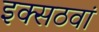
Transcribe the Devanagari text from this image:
इक्सठवां